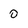
Character: 0